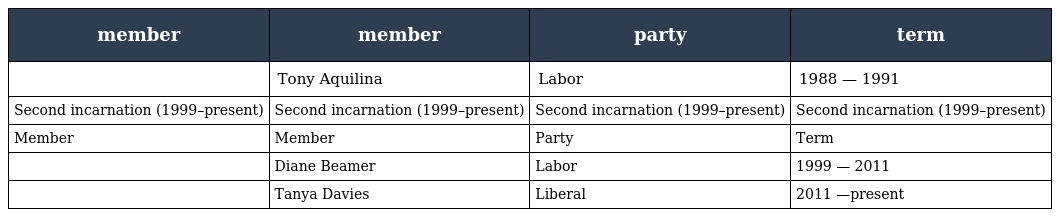
| member | member | party | term |
 | --- | --- | --- | --- |
 |  | Tony Aquilina | Labor | 1988 — 1991 |
 | Second incarnation (1999–present) | Second incarnation (1999–present) | Second incarnation (1999–present) | Second incarnation (1999–present) |
 | Member | Member | Party | Term |
 |  | Diane Beamer | Labor | 1999 — 2011 |
 |  | Tanya Davies | Liberal | 2011 —present |